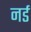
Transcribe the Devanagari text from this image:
नर्ड